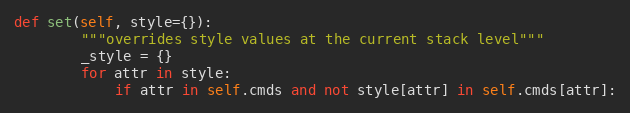
Language: Python
def set(self, style={}):
        """overrides style values at the current stack level"""
        _style = {}
        for attr in style:
            if attr in self.cmds and not style[attr] in self.cmds[attr]: